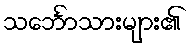
သင်္ဘောသားများ၏